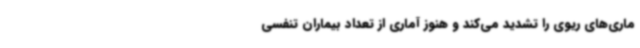
ماری‌های ریوی را تشدید می‌کند و هنوز آماری از تعداد بیماران تنفسی